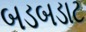
બડબડાટ